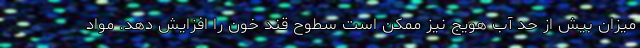
میزان بیش از حد آب هویج نیز ممکن است سطوح قند خون را افزایش دهد. مواد